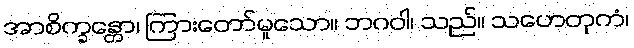
အာစိက္ခန္တော၊ ကြားတော်မူသော။ ဘဂဝါ၊ သည်။ သဟေတုကံ၊